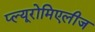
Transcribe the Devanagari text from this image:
प्ल्यूरोमिएलीज